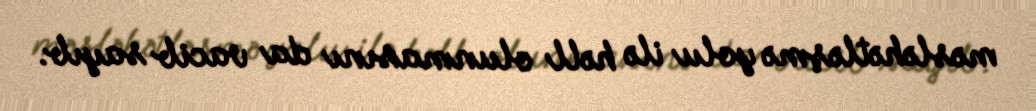
məsləhətləşmə yolu ilə həll olunmasını da vacib sayıb.